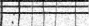
: